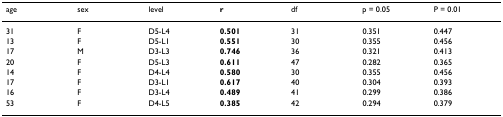
<table><thead><tr><td><b>age</b></td><td><b>sex</b></td><td><b>level</b></td><td><b>r</b></td><td><b>df</b></td><td><b>p = 0.05</b></td><td><b>P = 0.01</b></td></tr></thead><tbody><tr><td>31</td><td>F</td><td>D5-L4</td><td><b>0.501</b></td><td>31</td><td>0.351</td><td>0.447</td></tr><tr><td>13</td><td>F</td><td>D5-L1</td><td><b>0.551</b></td><td>30</td><td>0.355</td><td>0.456</td></tr><tr><td>17</td><td>M</td><td>D3-L3</td><td><b>0.746</b></td><td>36</td><td>0.321</td><td>0.413</td></tr><tr><td>20</td><td>F</td><td>D5-L3</td><td><b>0.611</b></td><td>47</td><td>0.282</td><td>0.365</td></tr><tr><td>14</td><td>F</td><td>D4-L4</td><td><b>0.580</b></td><td>30</td><td>0.355</td><td>0.456</td></tr><tr><td>17</td><td>F</td><td>D3-L1</td><td><b>0.617</b></td><td>40</td><td>0.304</td><td>0.393</td></tr><tr><td>16</td><td>F</td><td>D3-L4</td><td><b>0.489</b></td><td>41</td><td>0.299</td><td>0.386</td></tr><tr><td>53</td><td>F</td><td>D4-L5</td><td><b>0.385</b></td><td>42</td><td>0.294</td><td>0.379</td></tr></tbody></table>